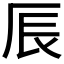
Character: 𠩐